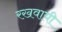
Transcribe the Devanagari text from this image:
रखवायी